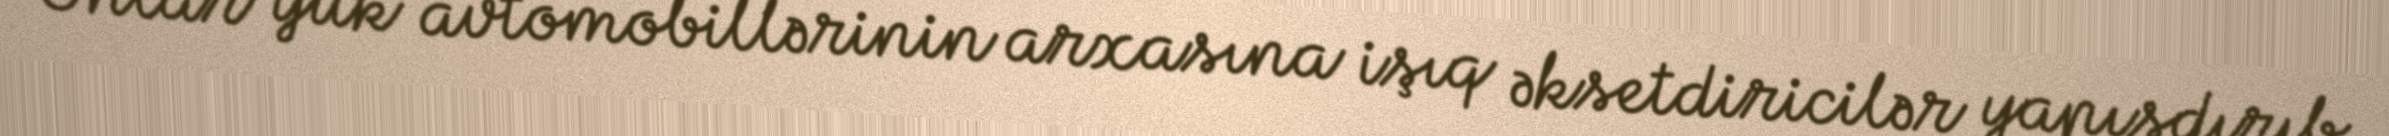
Onlar yük avtomobillərinin arxasına işıq əksetdiricilər yapışdırıb.